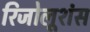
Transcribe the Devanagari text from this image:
रिजोलूशंस